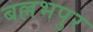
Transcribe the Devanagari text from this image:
बल्लभपुर